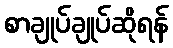
စာချုပ်ချုပ်ဆိုရန်